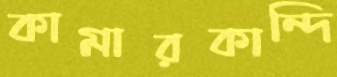
কামারকান্দি